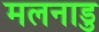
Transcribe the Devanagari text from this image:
मलनाडु